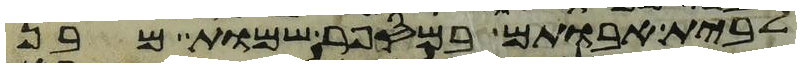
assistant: לבית אבותם במספר שמות מבן